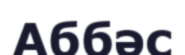
Аббәс